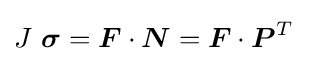
J~{\boldsymbol {\sigma }}={\boldsymbol {F}}\cdot {\boldsymbol {N}}={\boldsymbol {F}}\cdot {\boldsymbol {P}}^{T}~